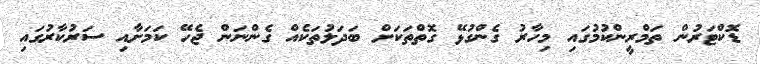
ޑޮކްޓަރުން ތަމްރީންކުމުގައި މިހާރު ގެންގުޅޭ ގޮތްތަކަށް ބަދަލުތަކެއް ގެންނަން ޖެހޭ ކަމަށާއި ސަރުކާރުގައި